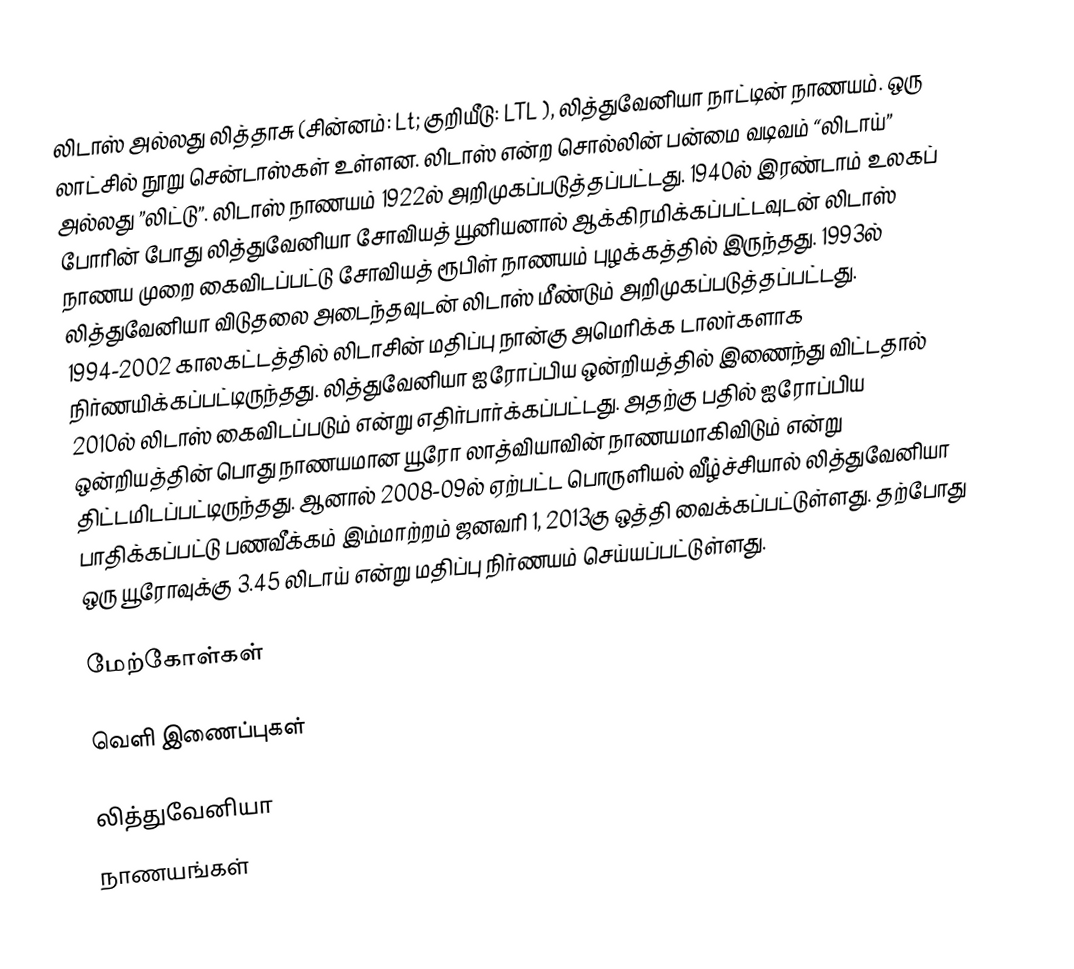
லிடாஸ் அல்லது லித்தாசு (சின்னம்: Lt; குறியீடு: LTL ), லித்துவேனியா நாட்டின் நாணயம். ஒரு லாட்சில் நூறு சென்டாஸ்கள் உள்ளன. லிடாஸ் என்ற சொல்லின் பன்மை வடிவம் “லிடாய்” அல்லது ”லிட்டு”. லிடாஸ் நாணயம் 1922ல் அறிமுகப்படுத்தப்பட்டது. 1940ல் இரண்டாம் உலகப் போரின் போது லித்துவேனியா சோவியத் யூனியனால் ஆக்கிரமிக்கப்பட்டவுடன் லிடாஸ் நாணய முறை கைவிடப்பட்டு சோவியத் ரூபிள் நாணயம் புழக்கத்தில் இருந்தது. 1993ல் லித்துவேனியா விடுதலை அடைந்தவுடன் லிடாஸ் மீண்டும் அறிமுகப்படுத்தப்பட்டது. 1994-2002 காலகட்டத்தில் லிடாசின் மதிப்பு நான்கு அமெரிக்க டாலர்களாக நிர்ணயிக்கப்பட்டிருந்தது. லித்துவேனியா ஐரோப்பிய ஒன்றியத்தில் இணைந்து விட்டதால் 2010ல் லிடாஸ் கைவிடப்படும் என்று எதிர்பார்க்கப்பட்டது. அதற்கு பதில் ஐரோப்பிய ஒன்றியத்தின் பொது நாணயமான யூரோ லாத்வியாவின் நாணயமாகிவிடும் என்று திட்டமிடப்பட்டிருந்தது. ஆனால் 2008-09ல் ஏற்பட்ட பொருளியல் வீழ்ச்சியால் லித்துவேனியா பாதிக்கப்பட்டு பணவீக்கம் இம்மாற்றம் ஜனவரி 1, 2013கு ஒத்தி வைக்கப்பட்டுள்ளது. தற்போது ஒரு யூரோவுக்கு 3.45 லிடாய் என்று மதிப்பு நிர்ணயம் செய்யப்பட்டுள்ளது.

மேற்கோள்கள்

வெளி இணைப்புகள்

லித்துவேனியா
நாணயங்கள்